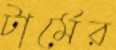
টার্মের